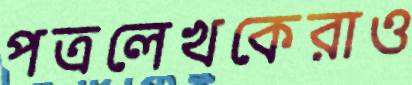
পত্রলেখকেরাও